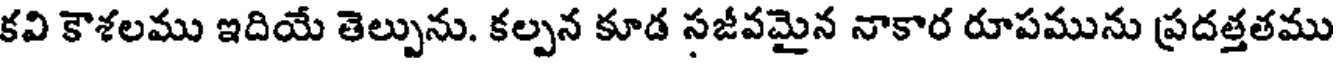
కవి కౌశలము ఇదియే తెల్పును. కల్పన కూడ సజీవమైన నాకార రూపమును ప్రదత్తతము